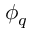
\phi _ { q }